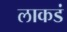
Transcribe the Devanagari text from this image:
लाकडं